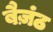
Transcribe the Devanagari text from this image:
बैज़ंठ